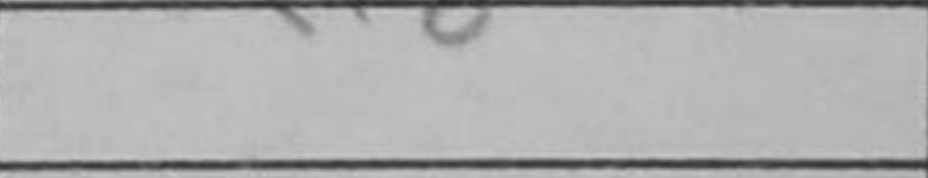
Transcription: Qf8